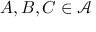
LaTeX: A , B , C \in { \mathcal { A } }